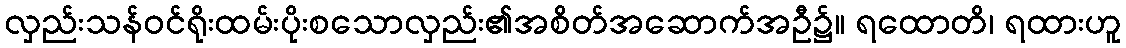
လှည်းသန်ဝင်ရိုးထမ်းပိုးစသောလှည်း၏အစိတ်အဆောက်အဦ၌။ ရထောတိ၊ ရထားဟူ